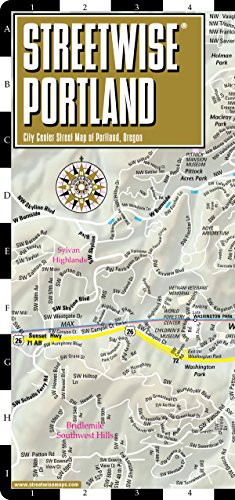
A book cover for Streetwise Portland Map - Laminated City Center Street Map of Portland, Oregon - Folding pocket size travel map with Max Light Rail map; Streetwise Maps; Reference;